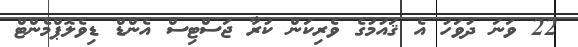
22 ވަނަ ދުވަހު އެ ޤައުމުގެ ވެރިކަން ކުރާ ޖަސްޓިސް އެންޑް ޑިވެލޮޕްމެންޓް